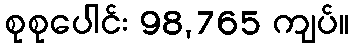
စုစုပေါင်း 98,765 ကျပ်။